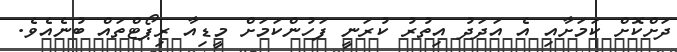
ދަށްކޮށް ކަމަށާއި އެ އަދަދު އިތުރު ކުރަނީ ފަހުންކަމަށް މީޑިއާ ރިޕޯޓްތައް ބުނެއެވެ.